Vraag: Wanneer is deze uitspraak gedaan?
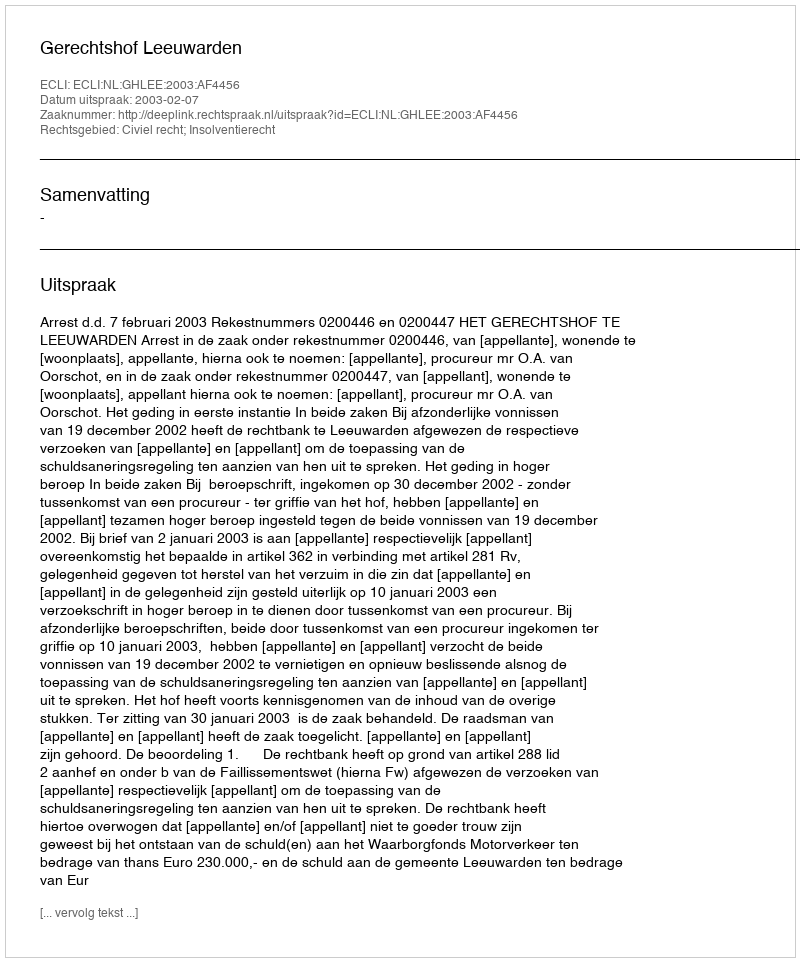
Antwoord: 2003-02-07